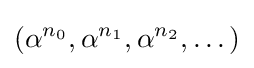
(\alpha ^{n_{0}},\alpha ^{n_{1}},\alpha ^{n_{2}},\dots )